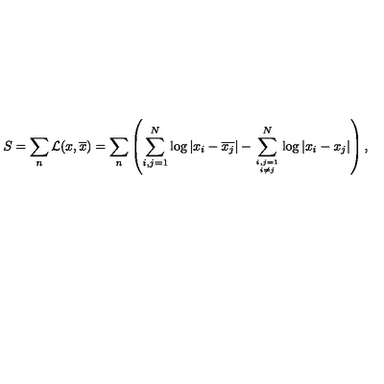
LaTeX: S = \sum _ { n } { \cal L } ( x , \overline { { x } } ) = \sum _ { n } \left( \sum _ { i , j = 1 } ^ { N } \log | x _ { i } - \overline { { x _ { j } } } | - \sum _ { i , j = 1 \atop i \ne j } ^ { N } \log | x _ { i } - { x _ { j } } | \right) ,